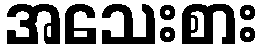
အသေးစား